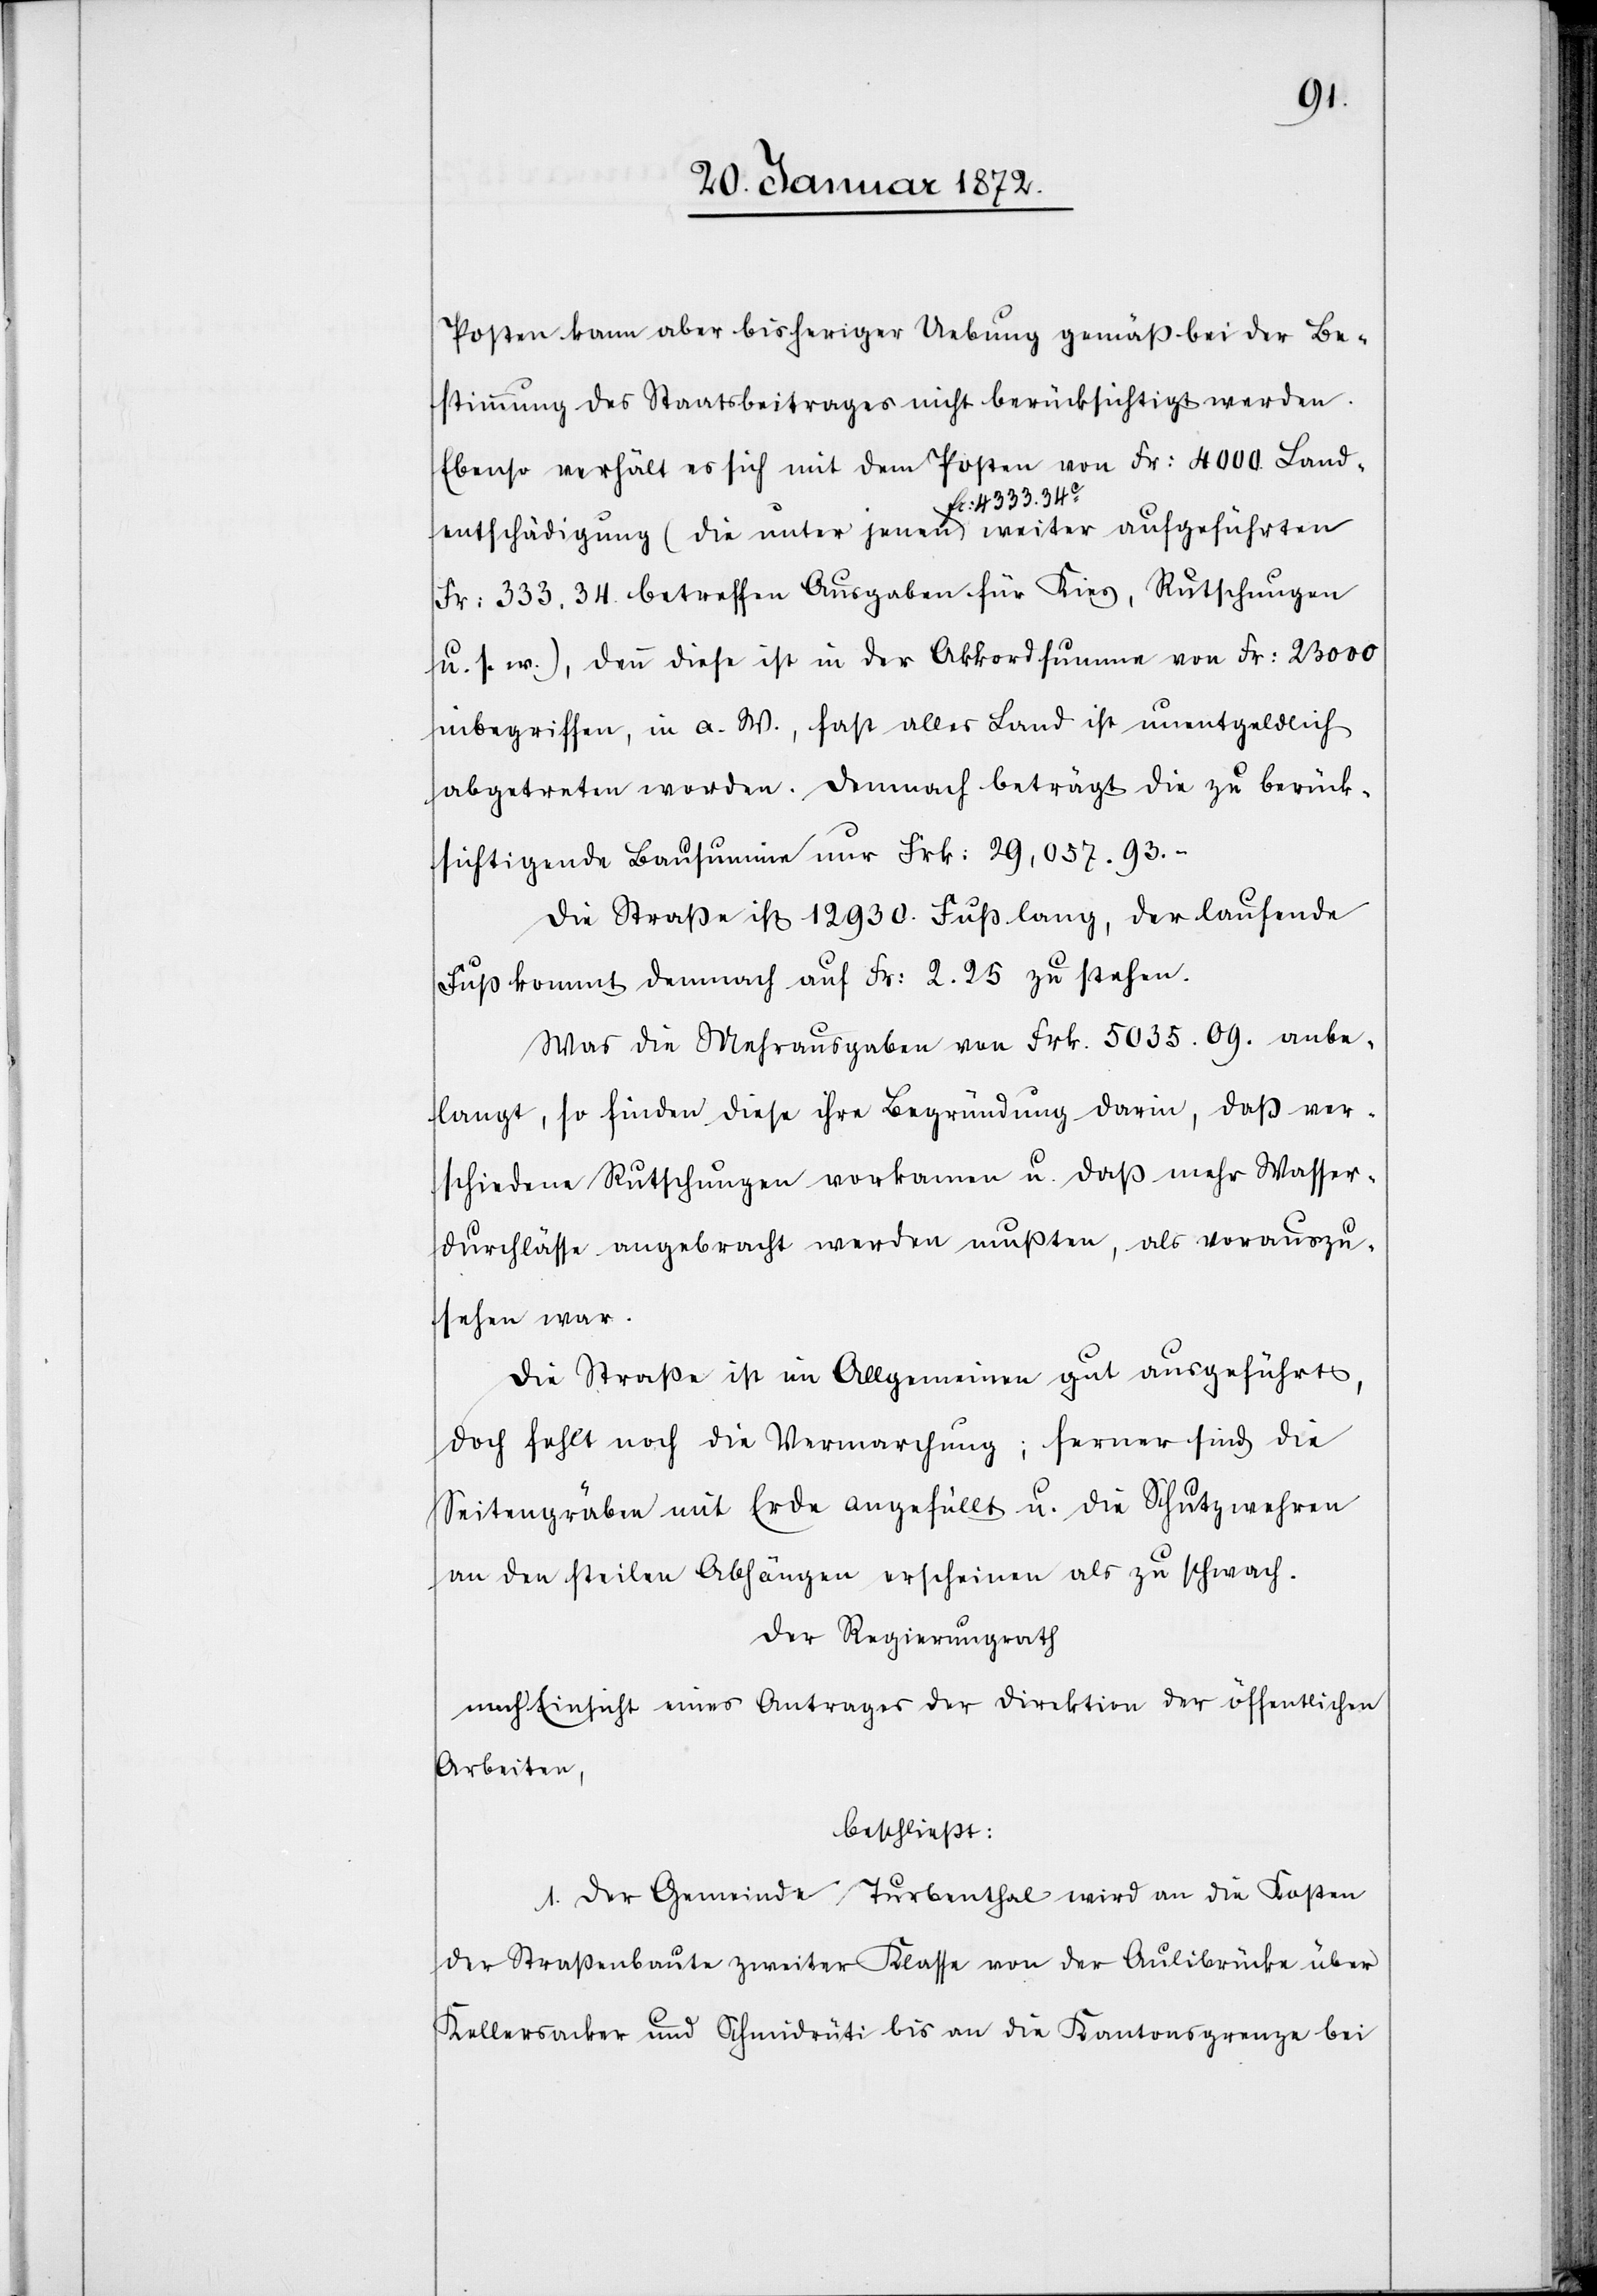
Posten kann aber bisheriger Uebung gemäß bei der Be¬
stimmung des Staatsbeitrages nicht berücksichtigt werden.
Ebenso verhält es sich mit dem Posten von Fr: 4000. Land¬
entschädigung (die unter jenen fr: 4333.34c weiter aufgeführten
Fr: 333.34. betreffen Ausgaben für Kies, Rutschungen
u. s. w.), denn diese ist in der Akkordsumme von Fr: 23000
inbegriffen, in a. W., fast alles Land ist unentgeltlich
abgetreten worden. Dennoch beträgt die zu berück¬
sichtigende Bausumme nur Frk: 29,057.93.–
Die Straße ist 12930. Fuß lang, der laufende
Fuß kommt demnach auf Fr: 2.25 zu stehen.
Was die Mehrausgaben von Frk. 5035.09. anbe¬
langt, so finden diese ihre Begründung darin, daß ver¬
schiedene Rutschungen vorkamen u. daß mehr Wasser¬
durchlässe angebracht werden mußten, als vorauszu¬
sehen war.
Die Straße ist im Allgemeinen gut ausgeführt,
doch fehlt noch die Vermarchung; ferner sind die
Seitengräben mit Erde angefüllt u. die Schutzwehren
an den steilen Abhängen erscheinen als zu schwach.
Der Regierungsrath
nach Einsicht eines Antrages der Direktion der öffentlichen
Arbeiten,
beschließt:
1. Der Gemeinde Turbenthal wird an die Kosten
der Straßenbaute zweiter Klasse von der Aulibrücke über
Kellersacker und Schmidrüti bis an die Kantonsgrenze bei